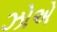
ઝોએ